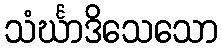
သံင်္ဃာဒိသေသော